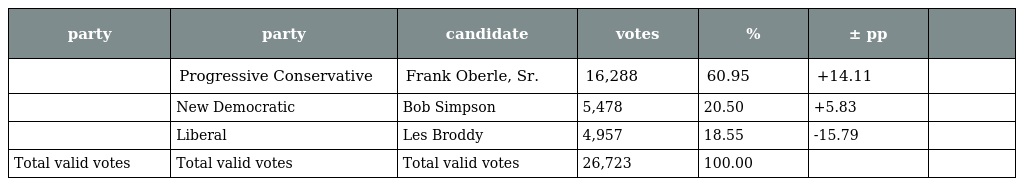
| party | party | candidate | votes | % | ± pp |  |
 | --- | --- | --- | --- | --- | --- | --- |
 |  | Progressive Conservative | Frank Oberle, Sr. | 16,288 | 60.95 | +14.11 |  |
 |  | New Democratic | Bob Simpson | 5,478 | 20.50 | +5.83 |  |
 |  | Liberal | Les Broddy | 4,957 | 18.55 | -15.79 |  |
 | Total valid votes | Total valid votes | Total valid votes | 26,723 | 100.00 |  |  |